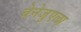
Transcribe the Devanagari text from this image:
बेनेजुएला